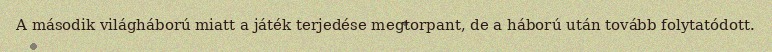
A második világháború miatt a játék terjedése megtorpant, de a háború után tovább folytatódott.